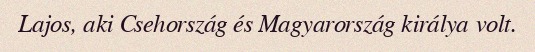
Lajos, aki Csehország és Magyarország királya volt.